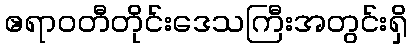
ဧရာဝတီတိုင်းဒေသကြီးအတွင်းရှိ